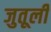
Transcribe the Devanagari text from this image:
जुतूली